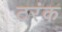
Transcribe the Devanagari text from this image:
टरंक